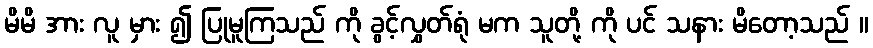
မိမိ အား လူ မှား ၍ ပြုမူကြသည် ကို ခွင့်လွှတ်ရုံ မက သူတို့ ကို ပင် သနား မိတော့သည် ။